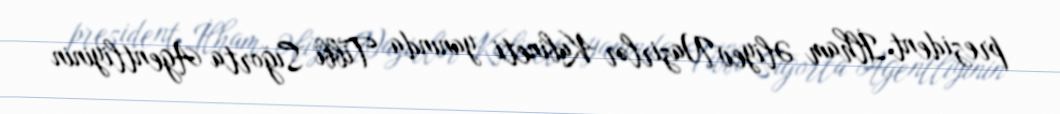
prezident İlham Əliyev Nazirlər Kabineti yanında Tibbi Sığorta Agentliyinin